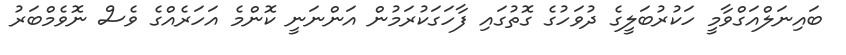
ބައިނަލްއަގްވާމީ ހަކުރުބަލީގެ ދުވަހުގެ ގޮތުގައި ފާހަގަކުރަމުން އަންނަނީ ކޮންމެ އަހަރެއްގެ ވެސް ނޮވެމްބަރު